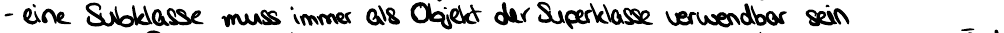
- eine Subklasse muss immer als Objekt der Superklasse verwendbar sein